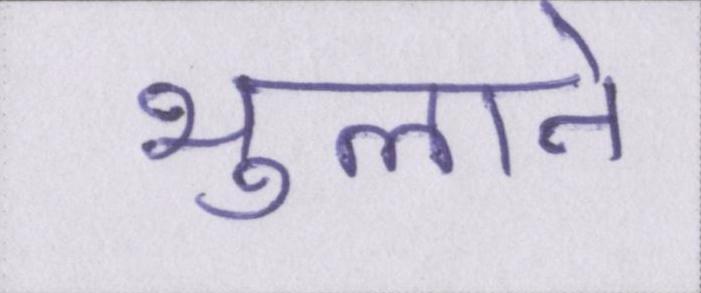
भुलाने